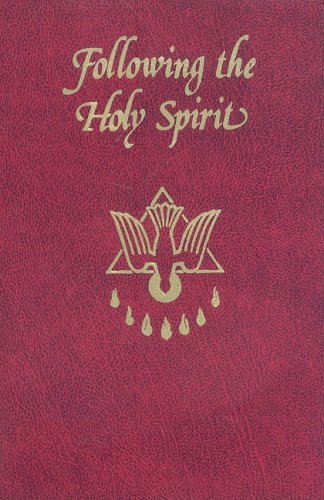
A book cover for Following the Holy Spirit: Dialogues, Prayers, and Devotions Intended to Help Everyone Know, Love, and Follow the Holy Spirit; Walter Van De Putte; Christian Books & Bibles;